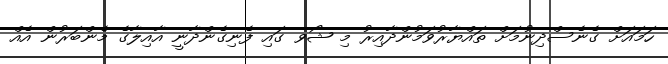
ހަމައަށް ގެނެސްދިނުމަށް ތައްޔާރުވަމުންދާއިރު މި ޝޯވ ގައި ފެނިގެންދާނީ އާއިލާގެ މެންބަރުން އެއް